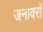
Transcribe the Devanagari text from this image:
जनावरों